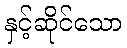
နှင့်ဆိုင်သော